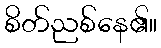
စိတ်ညစ်နေ၏။